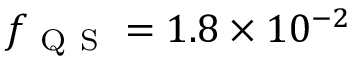
f _ { \mathrm { ~ Q ~ S ~ } } = 1 . 8 \times 1 0 ^ { - 2 }